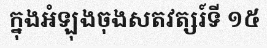
ក្នុងអំឡុងចុងសតវត្សរ៍ទី ១៥